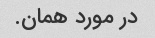
در مورد همان.